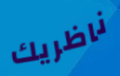
ناظريك